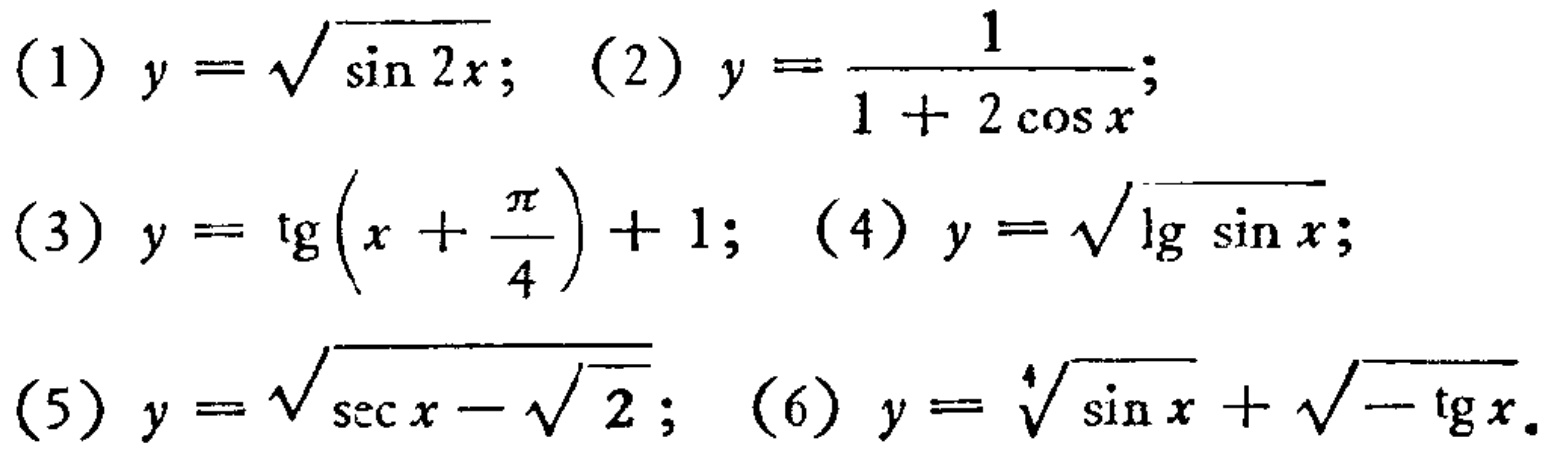
(1) \(y = \sqrt{\sin 2x}\); (2) \(y=\frac{1}{1 + 2\cos x}\);
(3) \(y=\text{tg}(x+\frac{\pi}{4})+1\); (4) \(y = \sqrt{\lg\sin x}\);
(5) \(y=\sqrt{\sec x-\sqrt{2}}\); (6) \(y = \sqrt[4]{\sin x}+\sqrt{-\text{tg}x}\)